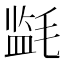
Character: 𰚪